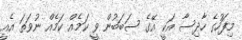
މިފަހުގެ ހާދިސާ އަކީ އޭގެ ސަބަބުން ވީ ކަމެއް ކަމެއް ނުވަތަ އެއީ